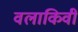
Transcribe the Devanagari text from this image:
वलाकिवी